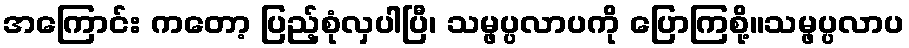
အကြောင်း ကတော့ ပြည့်စုံလှပါပြီ၊ သမ္ဖပ္ပလာပကို ပြောကြစို့။သမ္ဖပ္ပလာပ